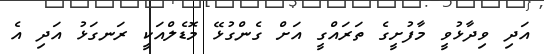
އަދި ވިދާޅުވީ މާފުށީގެ ތަރައްގީ އަށް ގެންގުޅޭ މޮޑެލްއަކީ ރަނގަޅު އަދި އެ